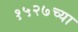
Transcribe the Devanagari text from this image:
१५२७च्या